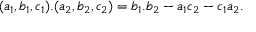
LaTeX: ( a _ { 1 } , b _ { 1 } , c _ { 1 } ) . ( a _ { 2 } , b _ { 2 } , c _ { 2 } ) = b _ { 1 } . b _ { 2 } - a _ { 1 } c _ { 2 } - c _ { 1 } a _ { 2 } .